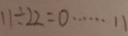
1 1 \div 2 2 = 0 \cdots 1 1